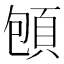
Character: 𲊬